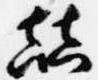
顛